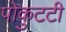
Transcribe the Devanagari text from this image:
पोकुटटी